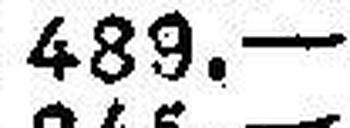
489.—